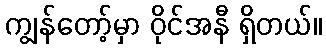
ကျွန်တော့်မှာ ဝိုင်အနီ ရှိတယ်။